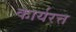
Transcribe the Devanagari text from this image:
कार्यरत्त